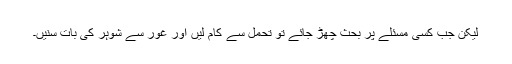
لیکن جب کسی مسئلے پر بحث چھڑ جائے تو تحمل سے کام لیں اور غور سے شوہر کی بات سنیں۔